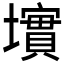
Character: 𱘏